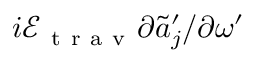
i \mathcal { E } _ { \mathrm { ~ t ~ r ~ a ~ v ~ } } \partial \tilde { a } _ { j } ^ { \prime } / \partial \omega ^ { \prime }